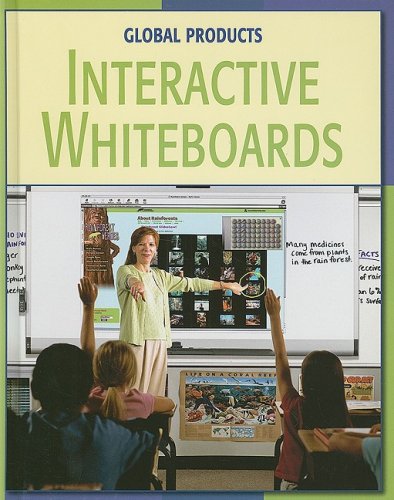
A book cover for Interactive Whiteboards (Global Products); John Matthews; Children's Books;